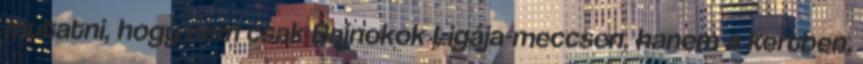
mutatni, hogy nem csak Bajnokok Ligája-meccsen, hanem a kertben,